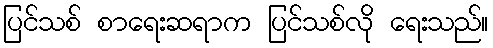
ပြင်သစ် စာရေးဆရာက ပြင်သစ်လို ရေးသည်။